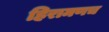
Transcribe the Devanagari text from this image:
हिरामणच